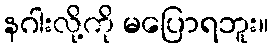
နဂါးလို့ကို မပြောရဘူး။